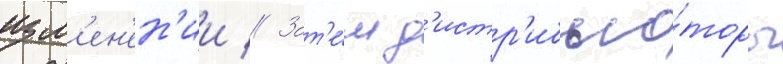
изм'ен'ен'ии // Зат'е́м д'истр'ибью́торы